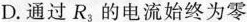
D.通过R_{3}的电流始终为零